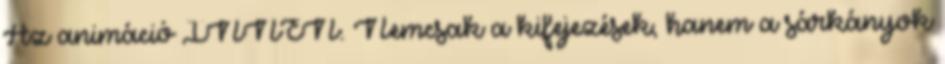
Az animáció INNEN. Nemcsak a kifejezések, hanem a sárkányok